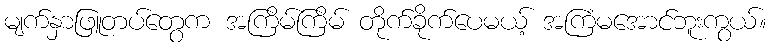
မျက်နှာဖြူတပ်တွေက အကြိမ်ကြိမ် တိုက်ခိုက်ပေမယ့် အကြံမအောင်ဘူးကွယ်။